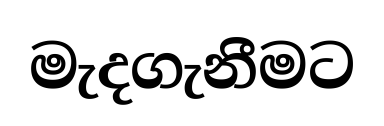
මැදගැනීමට